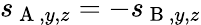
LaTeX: s_{\mathrm{~A~},y,z}=-s_{\mathrm{~B~},y,z}